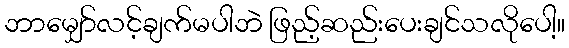
ဘာမျှော်လင့်ချက်မပါဘဲ ဖြည့်ဆည်းပေးချင်သလိုပေါ့။